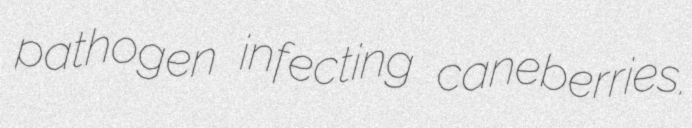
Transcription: pathogen infecting caneberries.